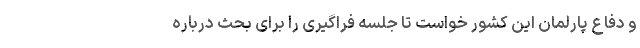
و دفاع پارلمان این کشور خواست تا جلسه فراگیری را برای بحث درباره